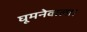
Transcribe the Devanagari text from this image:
घूमनेवाला।